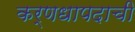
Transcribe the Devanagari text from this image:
कर्णधापदाची